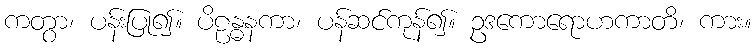
ကတွာ၊ ပန်းပြု၍။ ပိဠန္ဓနကာ၊ ပန်ဆင်ကုန်၍။ ဥဒကောရောဟကာတိ၊ ကား။